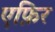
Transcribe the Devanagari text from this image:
एफ़िर